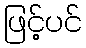
ဖြင့်ပင်